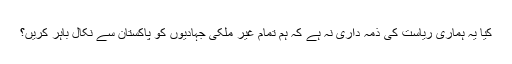
کیا یہ ہماری ریاست کی ذمہ داری نہ ہے کہ ہم تمام غیر ملکی جہادیوں کو پاکستان سے نکال باہر کریں؟